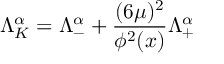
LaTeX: \Lambda _ { K } ^ { \alpha } = \Lambda _ { - } ^ { \alpha } + { \frac { ( 6 \mu ) ^ { 2 } } { \phi ^ { 2 } ( x ) } } \Lambda _ { + } ^ { \alpha }